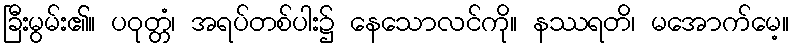
ခြီးမွမ်း၏။ ပဝုတ္တံ၊ အရပ်တစ်ပါး၌ နေသောလင်ကို။ နဿရတိ၊ မအောက်မေ့။